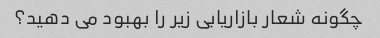
چگونه شعار بازاریابی زیر را بهبود می دهید؟